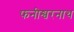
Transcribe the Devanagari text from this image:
फनीश्वरनाथ